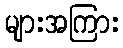
များအကြား